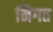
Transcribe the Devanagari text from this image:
निगत